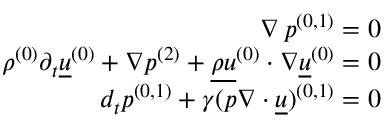
\begin{array} { r } { \nabla \, \ensuremath { p ^ { ( 0 , 1 ) } } = 0 } \\ { \ensuremath { \rho ^ { ( 0 ) } } \partial _ { t } \ensuremath { \underline { { u } } ^ { ( 0 ) } } + \nabla \ensuremath { p ^ { ( 2 ) } } + \ensuremath { \underline { { \rho u } } ^ { ( 0 ) } } \ensuremath { \boldsymbol { \cdot } } \nabla \ensuremath { \underline { { u } } ^ { ( 0 ) } } = 0 } \\ { d _ { t } \ensuremath { p ^ { ( 0 , 1 ) } } + \gamma \ensuremath { ( p \nabla \ensuremath { \boldsymbol { \cdot } } \underline { { u } } ) ^ { ( 0 , 1 ) } } = 0 } \end{array}